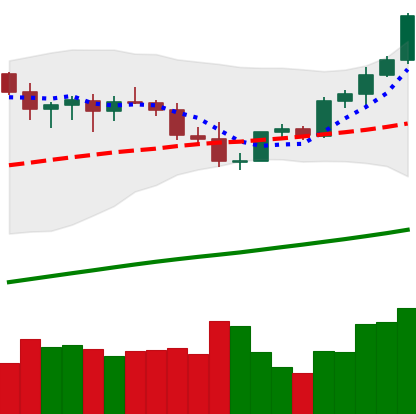
Ticker: ETH-USD
Chart end date: 2021-04-02
Forward return: -8.032%
Label: down_7plus